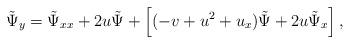
LaTeX: \begin{align*}\tilde \Psi_{y}= \tilde \Psi_{xx}+2 u \tilde \Psi +\left[( -v +u^2 +u_{x} )\tilde \Psi +2u\tilde \Psi_x \right],\end{align*}